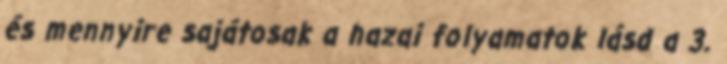
és mennyire sajátosak a hazai folyamatok lásd a 3.